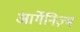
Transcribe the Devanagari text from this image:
आर्गेनिज़्म